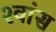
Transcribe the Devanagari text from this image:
श्‍वांस